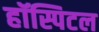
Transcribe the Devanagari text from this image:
हॉस्पिटल